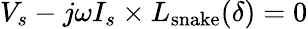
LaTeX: V_{s}-j\omega I_{s}\times L_{\mathrm{snake}}(\delta)=0